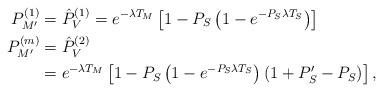
LaTeX: \begin{align*}P_{M'}^{(1)} &= \hat{P}_{V}^{(1)} = e^{-\lambda T_{M}}\left[1-P_S\left(1-e^{-P_S\lambda T_S}\right) \right]\\P_{M'}^{(m)} &= \hat{P}_{V}^{(2)}\\&= e^{-\lambda T_{M}}\left[1-P_S\left(1-e^{-P_S\lambda T_S}\right)\left(1+P_S'-P_S\right) \right],\end{align*}